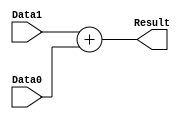
module Adder32bits
#
(
  parameter NBits=32
)
(
  input [NBits-1:0] Data0,
  input [NBits-1:0] Data1,
  
  output [NBits-1:0] Result
);

  assign Result = Data1 + Data0;

endmodule